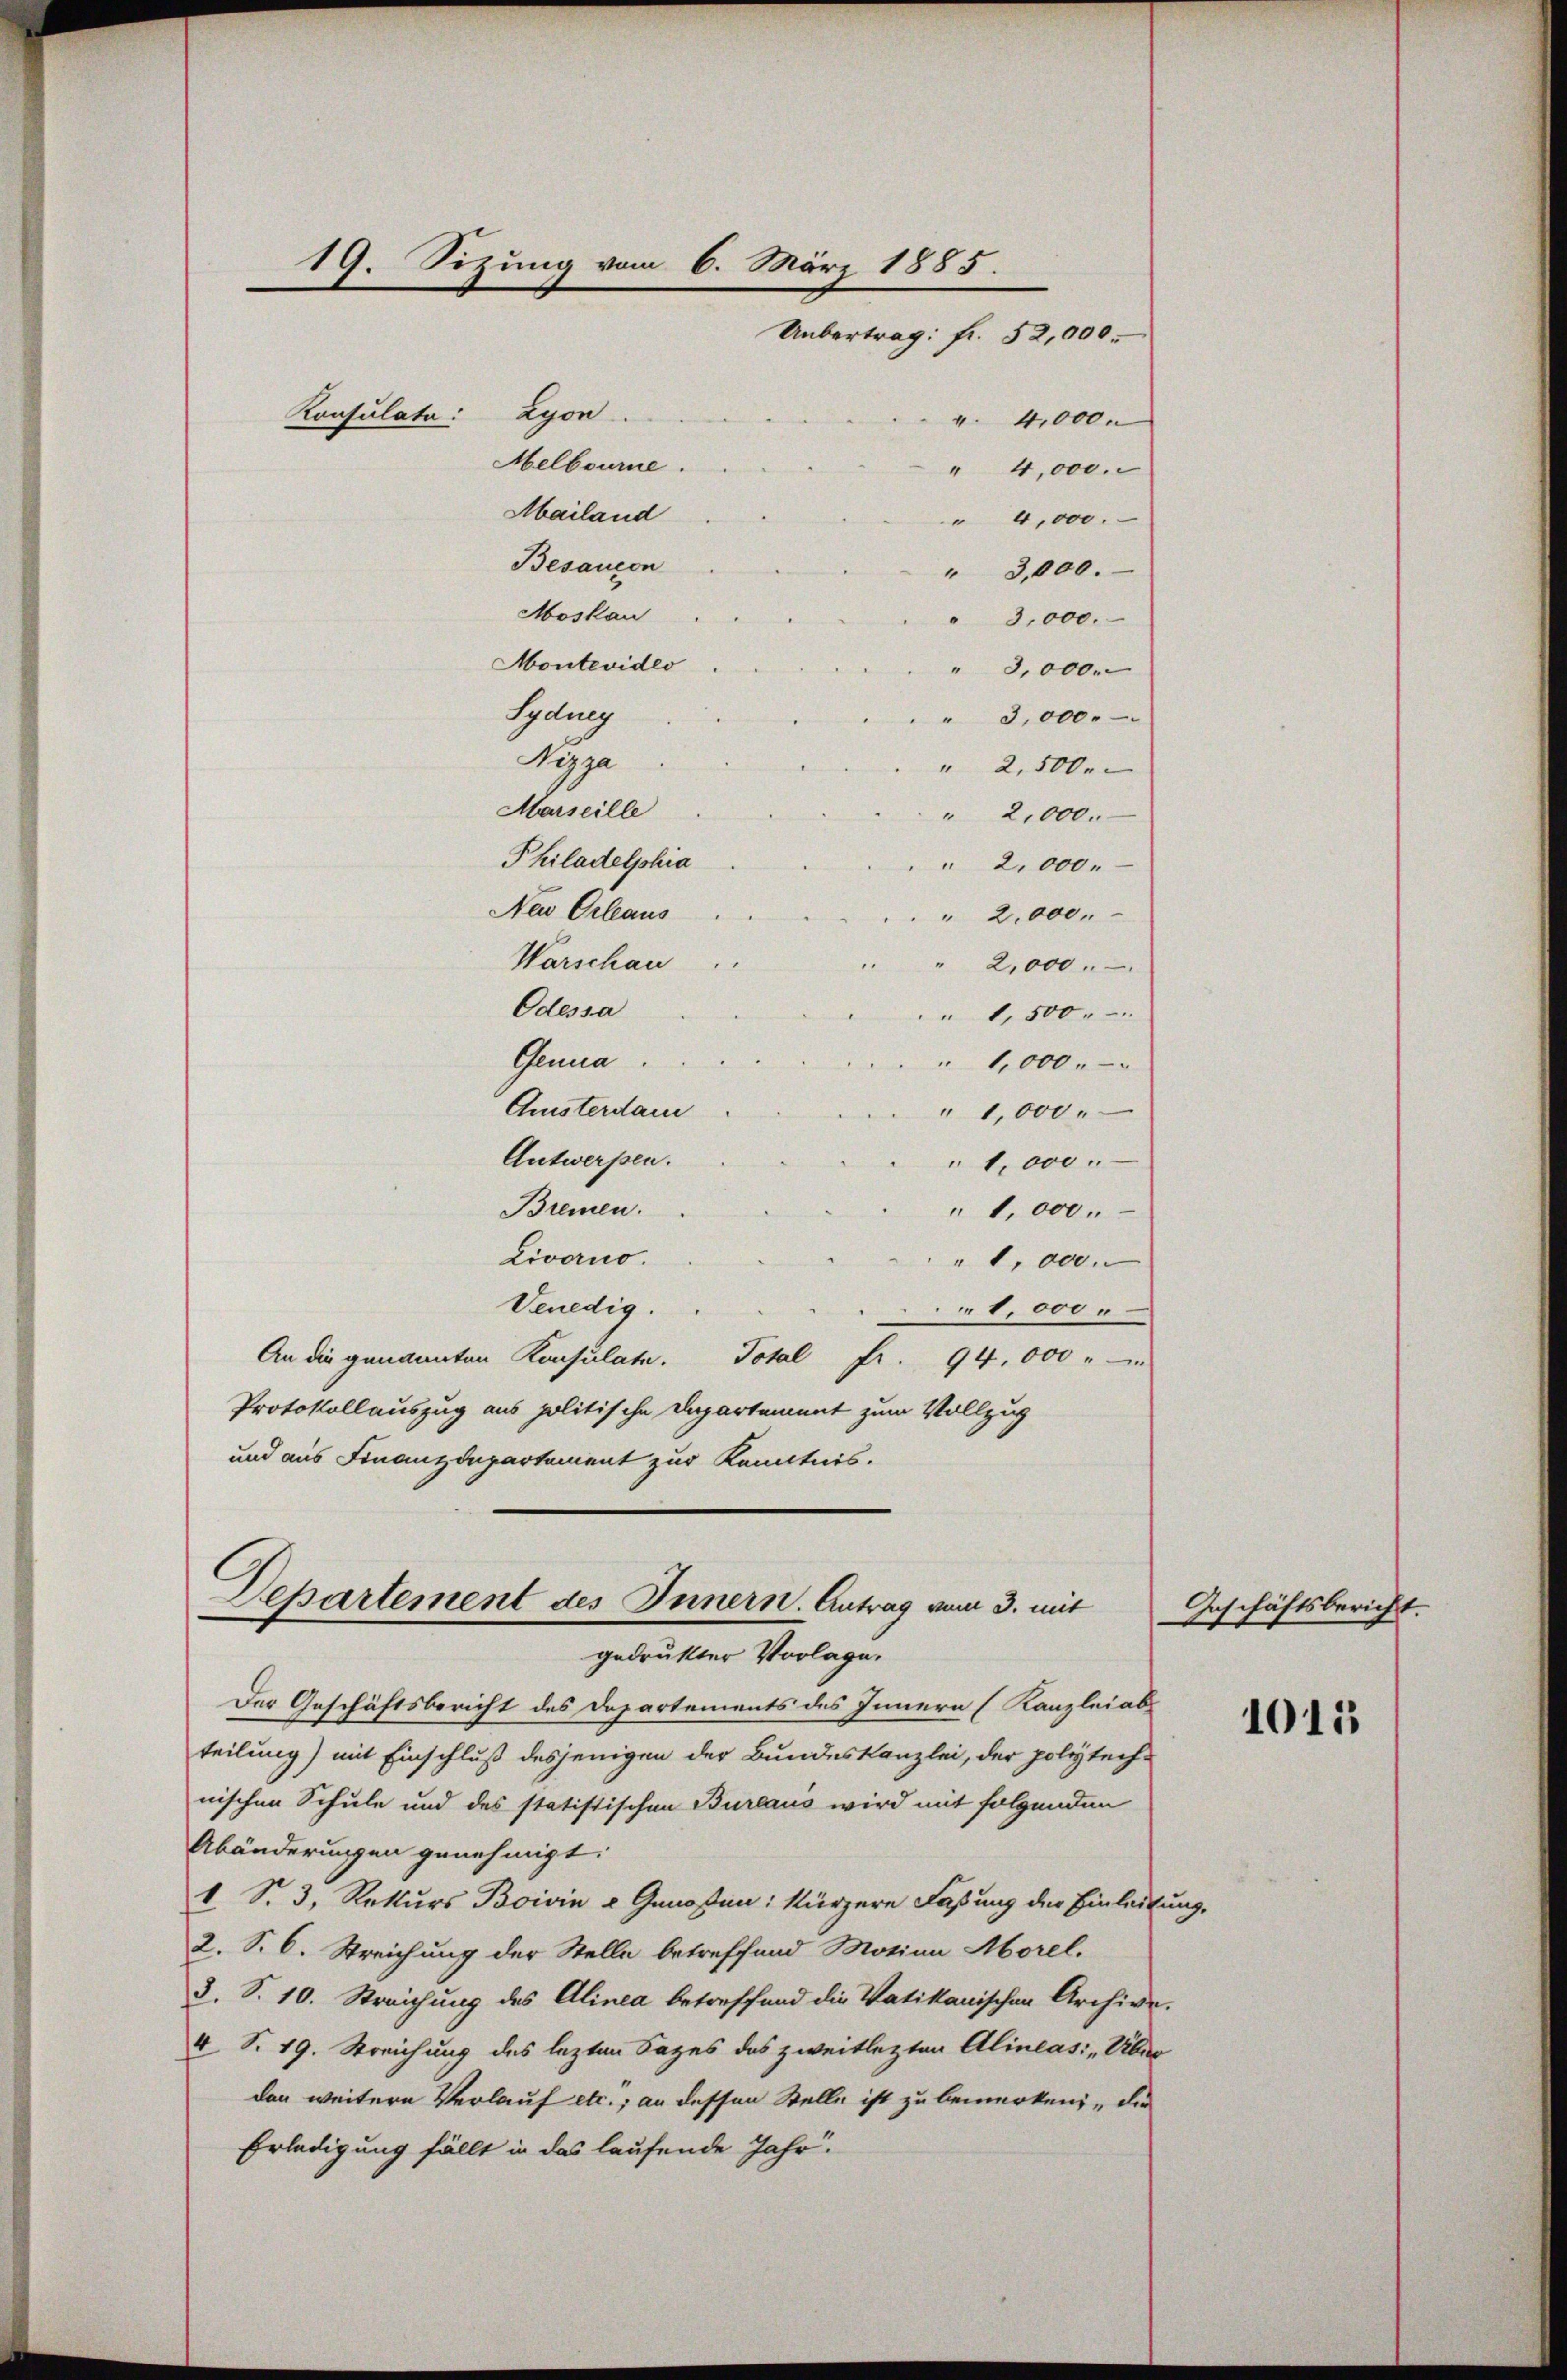
19. Sizung vom 6. März 1885.
Uebertrag: Fr. 52,000.
Konsulate: Lyon.
 4,000.
Melbourne.
" 4,000.
Mailand
" 4,000.

Departement des Innern. Antrag vom 3. mit
gedrukter Vorlage.

" 3,000.

Besaucon
Moskau
3,000.
Montevideo
" 3,000.
Iydung
3,000.
Peja
" 2,500.
Marseille
" 2,000.
Philadelphia
 2,000.
Neu Orleaus
" 2,000.
Warschau
2,000.
Odessa
" 1,500.
Gena
1,000.
Qusterdam
"1,000
Antwerpen.
1,000.
Bremen.
1,000.
Livorno.
" 1,000.
Venedig.
1.000
An die genannten Konsulate. Total Fr. 94,000 " "
Protokollauszug aus politische Departement zum Vollzug
und aus Finanzdepartement zur Kenntnis.

Der Geschäftsbericht des Departements des Innern (Kanzlei ab-
teilung) mit Einschluß desjenigen der Bundeskanzlei, der polytech-
nischen Schule und des statistischen Bureaus wird mit folgenden
Abänderungen genehmigt.
1 S. 3, Rekurs Boivin - Genoßen: kürzere Faßung der Einleitung,
2. S. 6. Streichung der Stelle betreffend Motion Morel.
3. S. 10. Streichung des Alinea betreffend die Vatikanischen Archive.
4 S. 19. Streichung des lezten Sazes des zweitlezten Alineas: „Über
den weitere Verlauf etc.; an dessen Stelle ist zu bemerken, die
Erledigung fällt in das laufende Jahr.

Geschäftsbericht.

1015